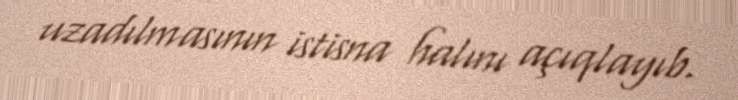
uzadılmasının istisna halını açıqlayıb.